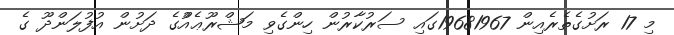
މި 17 ރަށުގެތެރެއިން 19681967ގައި ސަރުކާރުން ހިންގެވި މަޝްރޫޢެއްުގެ ދަށުން އުފުލަންދޫ ގެ